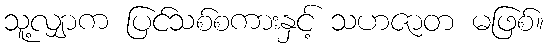
သူ့လျှာက ပြင်သစ်စကားနှင့် သဟဇာတ မဖြစ်။